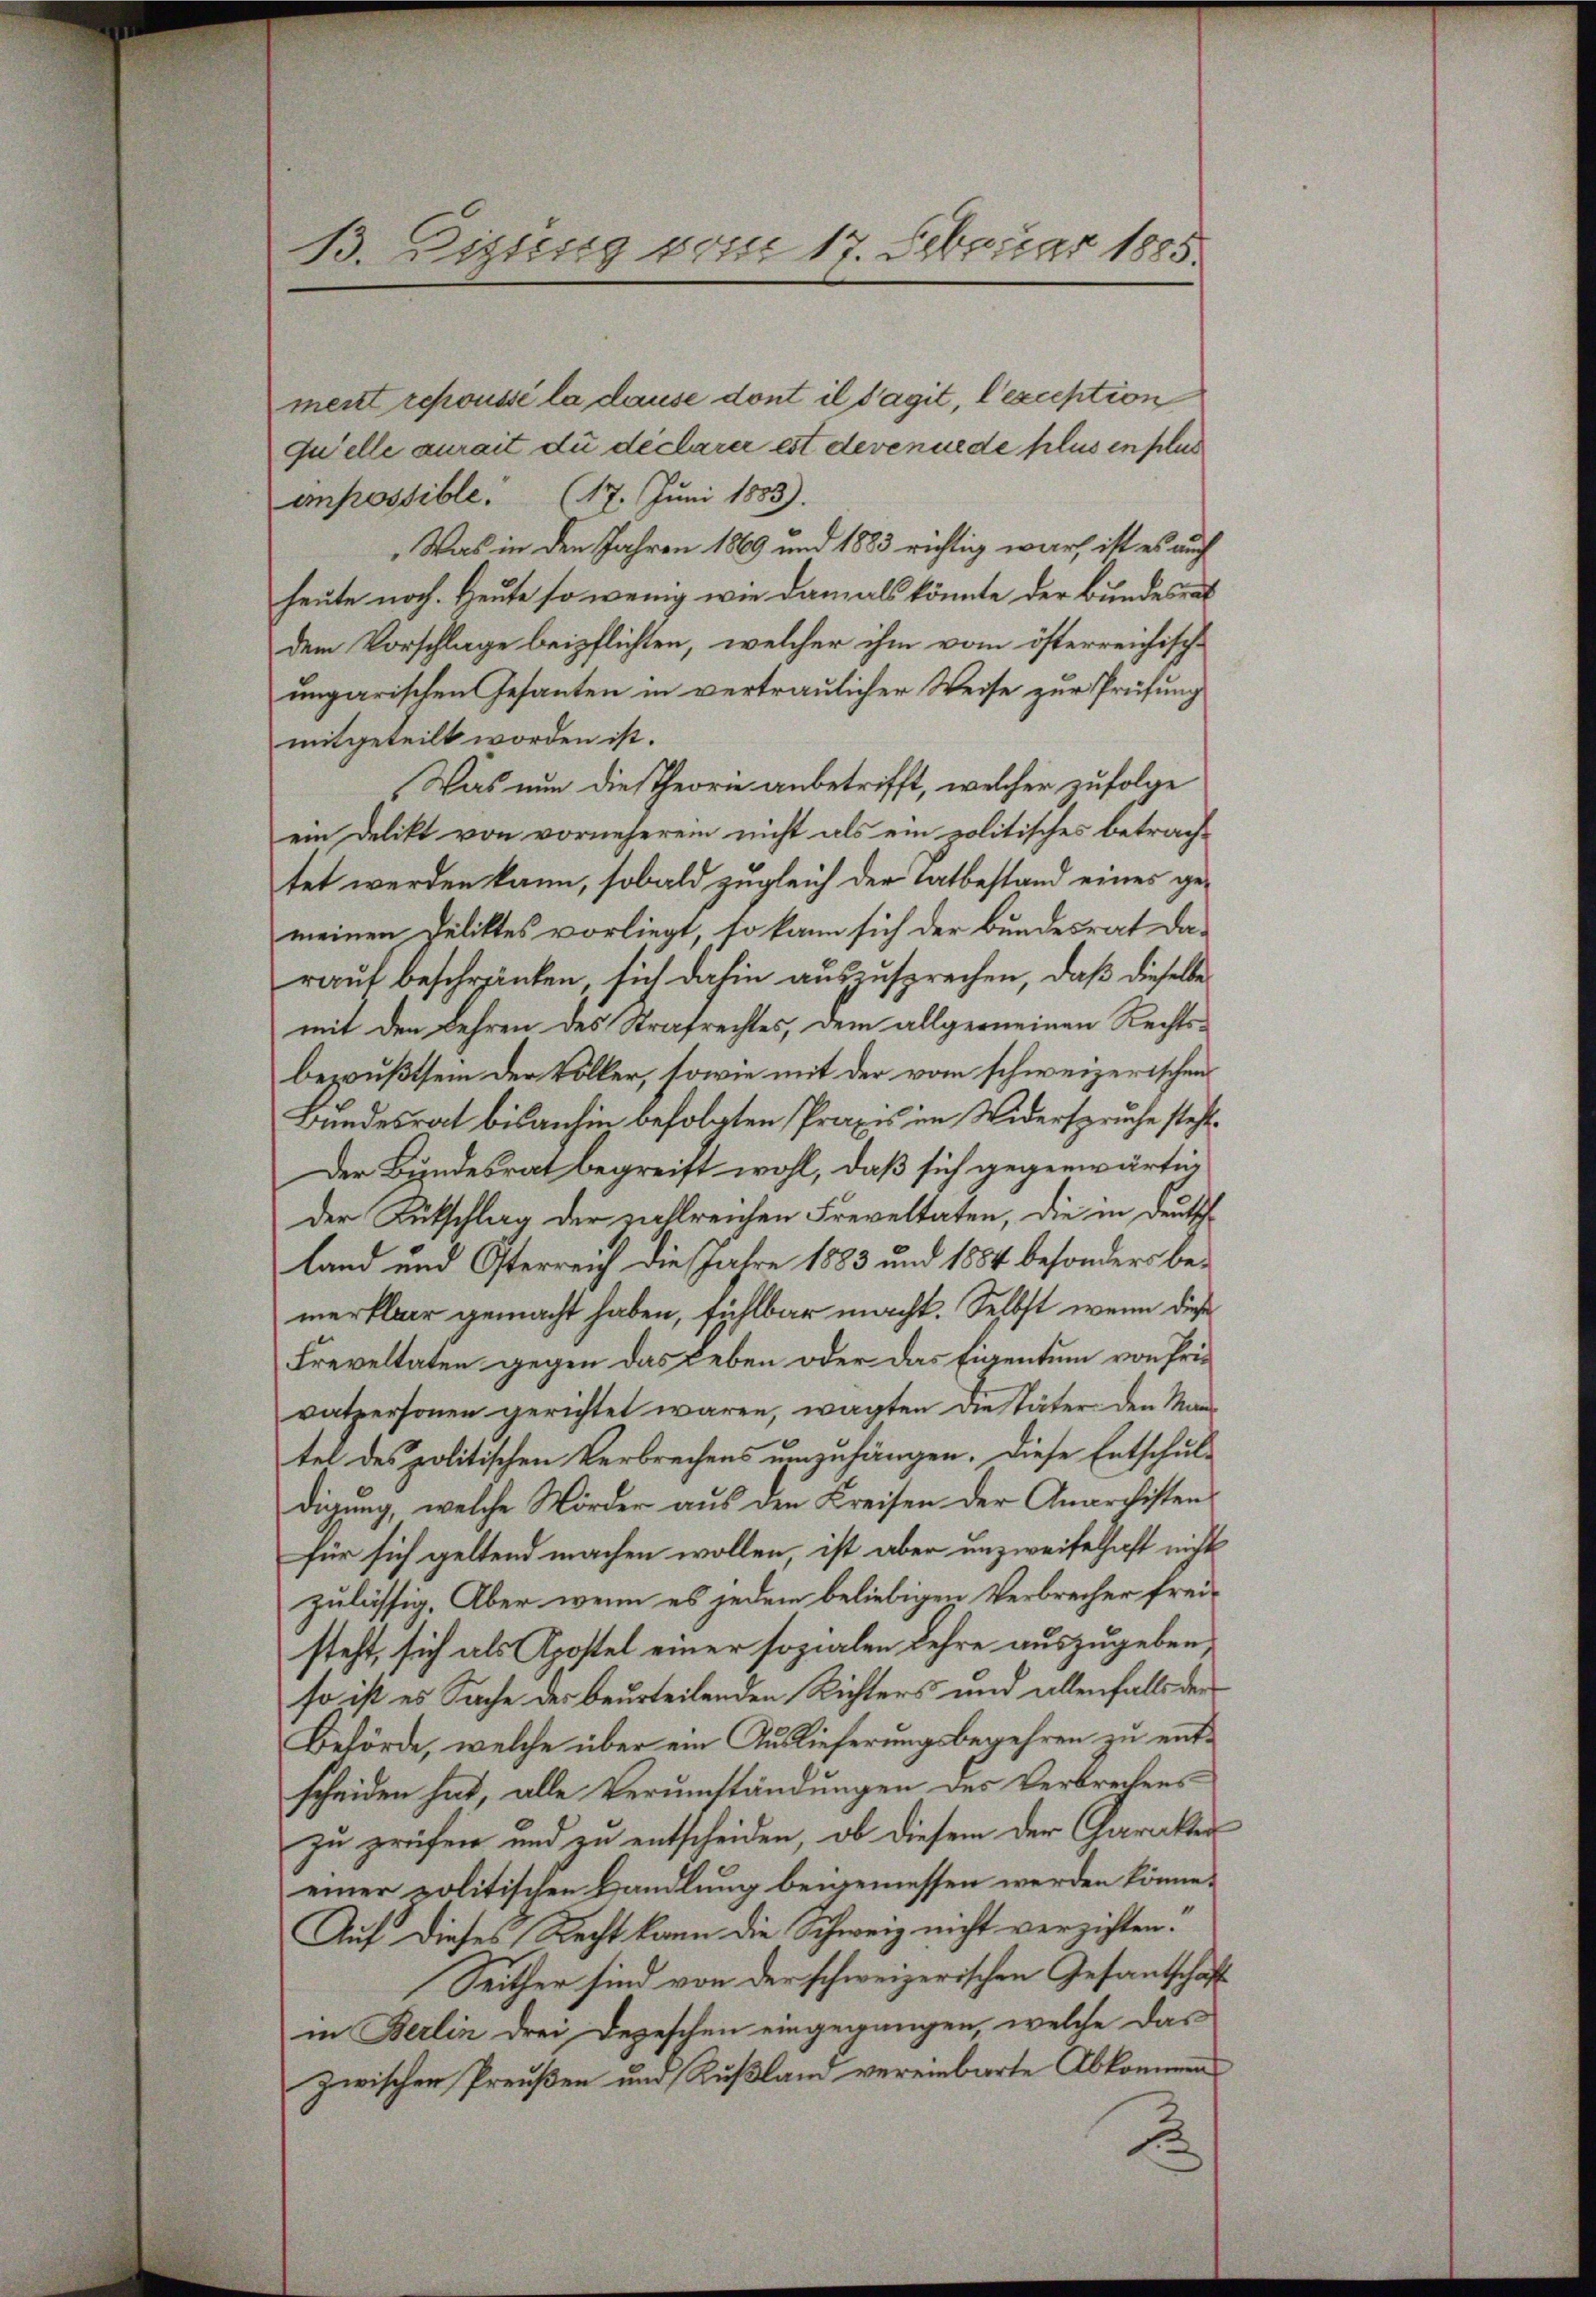
B. Bistung vom 1 Februar 1885

ment repoussi la cause dont il s’agit, l’exception
Qu’elle aurait du déclarer est devenue de plus en plus
enpossible. (17. Juni 1883).
„Was in den Jahren 1869 und 1883 richtig war, ist es auf
heute noch. Heute so wenig wie damals könnte der Bundesrat
dem Vorschlage beipflichten, welcher ihm vom österreichisch-
ungarischen Gesanten in vertraulicher Weise zur Prüfung
mitgeteilt worden ist.
Was nun die Theorie anbetrifft, welcher zufolge
ein Delikt von vorneheren nicht als ein politisches betrach-
tet werden kann, sobald zugleich der Tatbestand eines gemeinen Peliktes vorliegt, so kann sich der Bundesrat da-
rauf beschränken, sich dahin auszusprechen, daß dieselbe
mit den Lehren des Strafrechtes, dem allgemeinen Rechtsbewußtsem der Völker, sowie mit der vom schweizerischen
Bundesrat bisanhin befolgten Praxis im Widerspruche steht.
Der Bundesrat begreift wohl, daß sich gegenwärtig
der Rutschlag der zahlreichen Freveltaten, die in deutsch
land und Osterreich die Jahre 1883 und 1884 besonders bemerkbar gemacht haben, fühlbar macht. Selbst wenn diese
Freveltaten gegen das Leben oder das Eigentum von Privatpersonen gerichtet waren, wagten die Täter den Mantel des politischen Verbrechens umzuhängen. Diese Entschul-
digung, welche Mörder aus den Kreisen der Anarchisten
für sich geltend machen wollen ist aber unzweifelhaft nicht
zulässig. Aber wenn es jedem beliebigen Verbrecher freisteht, sich als Apottel einer sozialen Lehre auszugeben,
so ist es Sache der beurteilenden Richters und allenfalls der
Behörde, welche über ein Auslieferungsbegehren zu entscheiden hat, alle Verumständungen des Verbrechenszu prüfen und zu entscheiden, ob diesem der Charakter
einer politischen Handlung beigemessen werden könne.
Auf dieses Recht kann die Schweiz nicht verzichten.
Seither sind von der schweizerischen Gesantschaft
in Berlin drei Depeschen eingegangen, welche das
zwischen Preußen und Rußland vereinbarte Abkommen
J